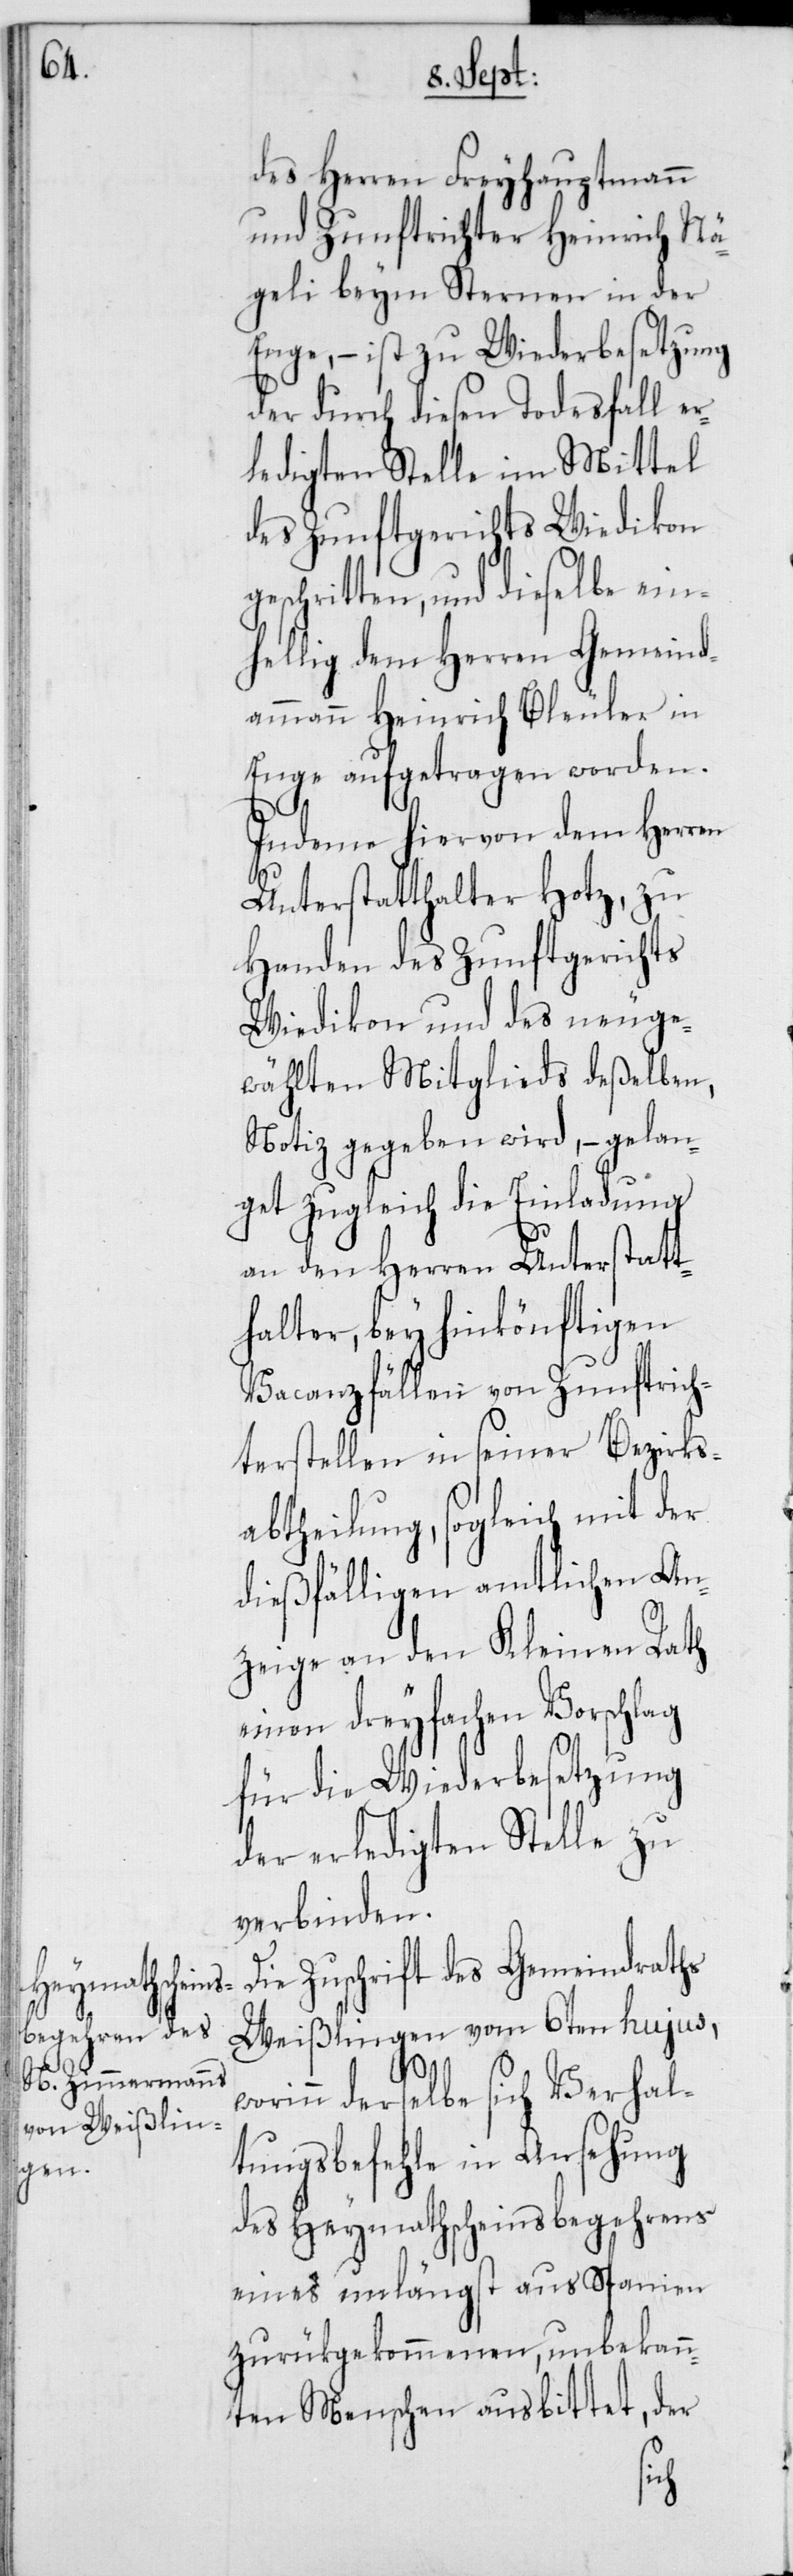
des Herren Freyhauptmann
und Zunftrichter Heinrich Nä¬
geli beym Sternen in der
Enge, – ist zu Wiederbesetzung
der durch diesen Todesfall e¬
rledigten Stelle im Mittel
des Zunftgerichts Wiedikon
eschritten, und dieselbe ein¬
hellig dem Herren Gemeind¬
ammann Heinrich Bleuler in
Enge aufgetragen worden.
Indeme hiervon dem Herren
Unterstatthalter Hotz, zu
Handen des Zunftgerichts
Wiedikon und des neuge¬
wählten Mitglieds deßelben,
Notiz gegeben wird, – gelan¬
get zugleich die Einladung
an den Herren Unterstatt¬
halter, bey hinkönftigen
Vacanzfällen von Zunftrich¬
terstellen in seiner Bezirks¬
abtheilung, sogleich mit der
dießfälligen amtlichen An¬
zeige an den Kleinen Rath
einen dreyfachen Vorschlag
für die Wiederbesetzung
der erledigten Stelle zu
verbinden.
Die Zuschrift des Gemeindraths
Weißlingen vom 6ten hujus,
worinn derselbe sich Verhal¬
tungsbefehle in Ansehung
des Heymathscheinsbegehrens
eines unlängst aus Spanien
zurükgekommenen, unbekann¬
ten Menschen ausbittet, der
g¬